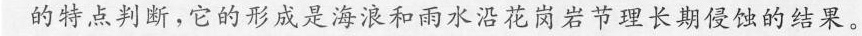
的特点判断，它的形成是海浪和雨水沿花岗岩节理长期侵蚀的结果。